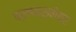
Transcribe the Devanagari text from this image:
फ्लाक्स्मेयर